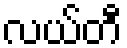
လယ်တီ